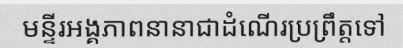
មន្ទីរអង្គភាពនានាជាដំណើរប្រព្រឹត្តទៅ